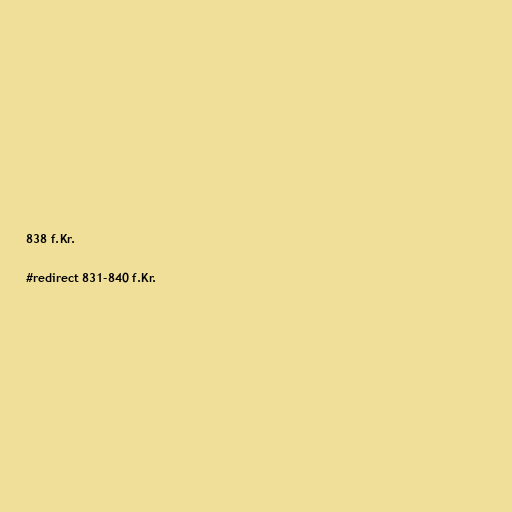
838 f.Kr.

#redirect 831-840 f.Kr.